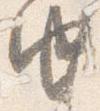
由